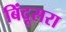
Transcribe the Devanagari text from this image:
बिंदूसरा